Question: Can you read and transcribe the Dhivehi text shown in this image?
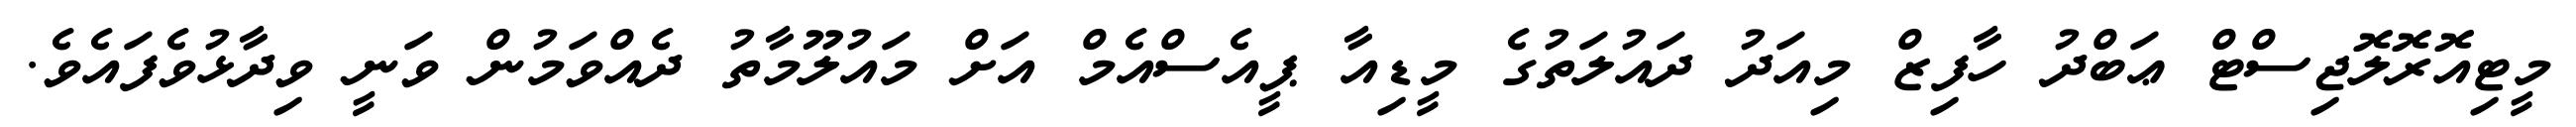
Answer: މީޓިއޮރޮލޮޖިސްޓް ޢަބްދު ހާފިޒް މިއަދު ދައުލަތުގެ މީޑިއާ ޕީއެސްއެމް އަށް މައުލޫމާތު ދެއްވަމުން ވަނީ ވިދާޅުވެފައެވެ.